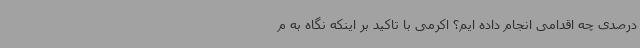
درصدی چه اقدامی انجام داده ایم؟ اکرمی با تاکید بر اینکه نگاه به م